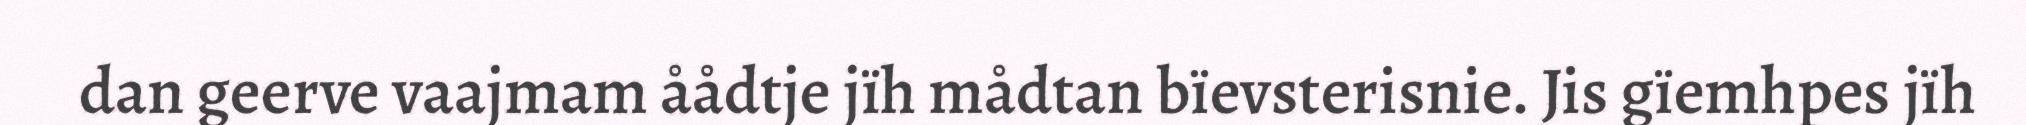
dan geerve vaajmam åådtje jïh mådtan bïevsterisnie. Jis gïemhpes jïh